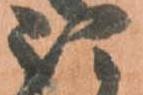
被